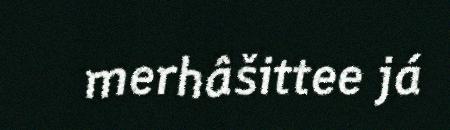
merhâšittee já